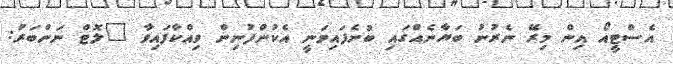
އެސްޓީއޯ އިން މިރޭ ނެރުނު ބަޔާނެއްގައި ބުނެފައިވަނީ އެކުންފުނިން ވިއްކާފައިވާ "ލޮޓް ނަންބަރު: